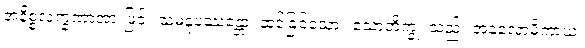
အနိစ္စလက္ခဏာအားဖြင့်။ သမနုပဿန္တော၊ ဆင်ခြင်သော။ သောဘိက္ခု၊ သည်။ အနုလောမိကာယ၊